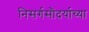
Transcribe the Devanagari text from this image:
निसर्गसौंदर्याच्या